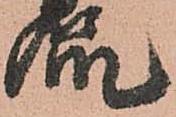
侃